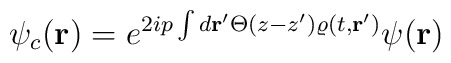
\psi_c ({\bf r})= e^{2ip\int d{\bf r}'\Theta (z-z')\varrho (t,{\bf r}')}\psi ({\bf r})